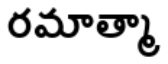
రమాత్మా